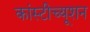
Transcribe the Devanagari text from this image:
कांस्टीच्यूशन